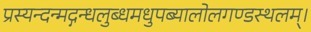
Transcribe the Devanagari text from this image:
प्रस्यन्दन्मद्गन्धलुब्धमधुपब्यालोलगण्डस्थलम्।